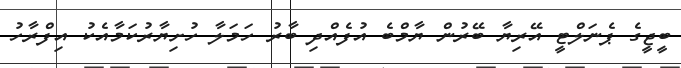
ބީޖީގެ ޕެނަލްޓީ އޭރިޔާ ބޭރުން ޔާމްބެ އުފެއްދި ބާރު ހަމަލާ ހުށިޔާރުކަމާއެކު އިފްރާހު